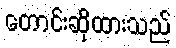
တောင်းဆိုထားသည်